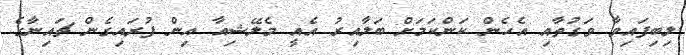
ލިބިފައިވާ ވަގުތާއި އެހެން ކަންކަމަށް ބަލާއިރު އެއީ މެލޭޝިއާ އިން ފުރައިގެން ޗައިނާގެ